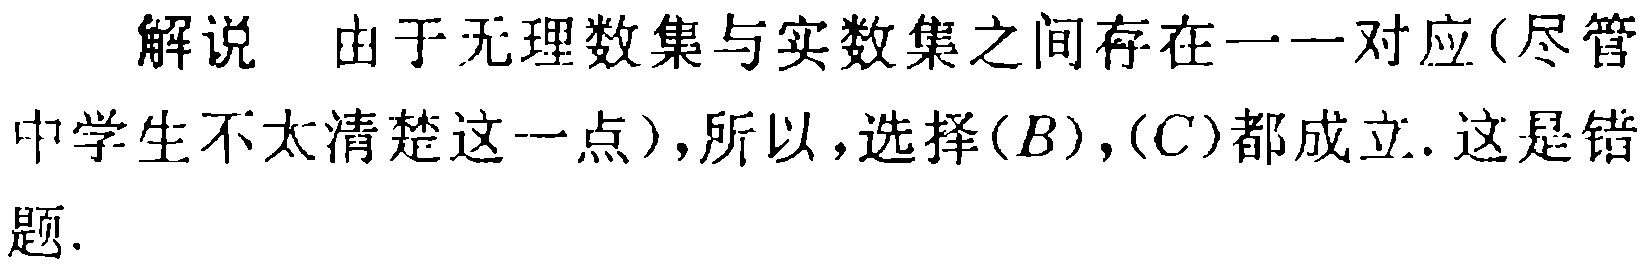
解说 由于无理数集与实数集之间存在一一对应(尽管中学生不太清楚这一点),所以,选择$(B),(C)$都成立. 这是错题.